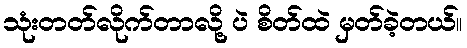
သုံးတတ်လိုက်တာလို့ ပဲ စိတ်ထဲ မှတ်ခဲ့တယ်။